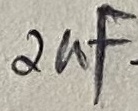
Text: 2uF